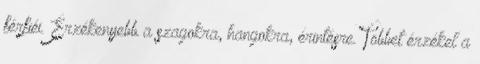
férfiéi. Érzékenyebb a szagokra, hangokra, érintésre. Többet érzékel a